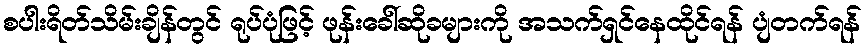
စပါးရိတ်သိမ်းချိန်တွင် ရုပ်ပုံဖြင့် ဖုန်းခေါ်ဆိုခများကို အသက်ရှင်နေထိုင်ရန် ပျံတက်ရန်